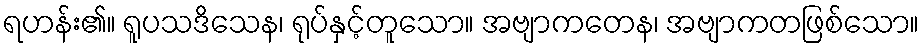
ရဟန်း၏။ ရူပသဒိသေန၊ ရုပ်နှင့်တူသော။ အဗျာကတေန၊ အဗျာကတဖြစ်သော။